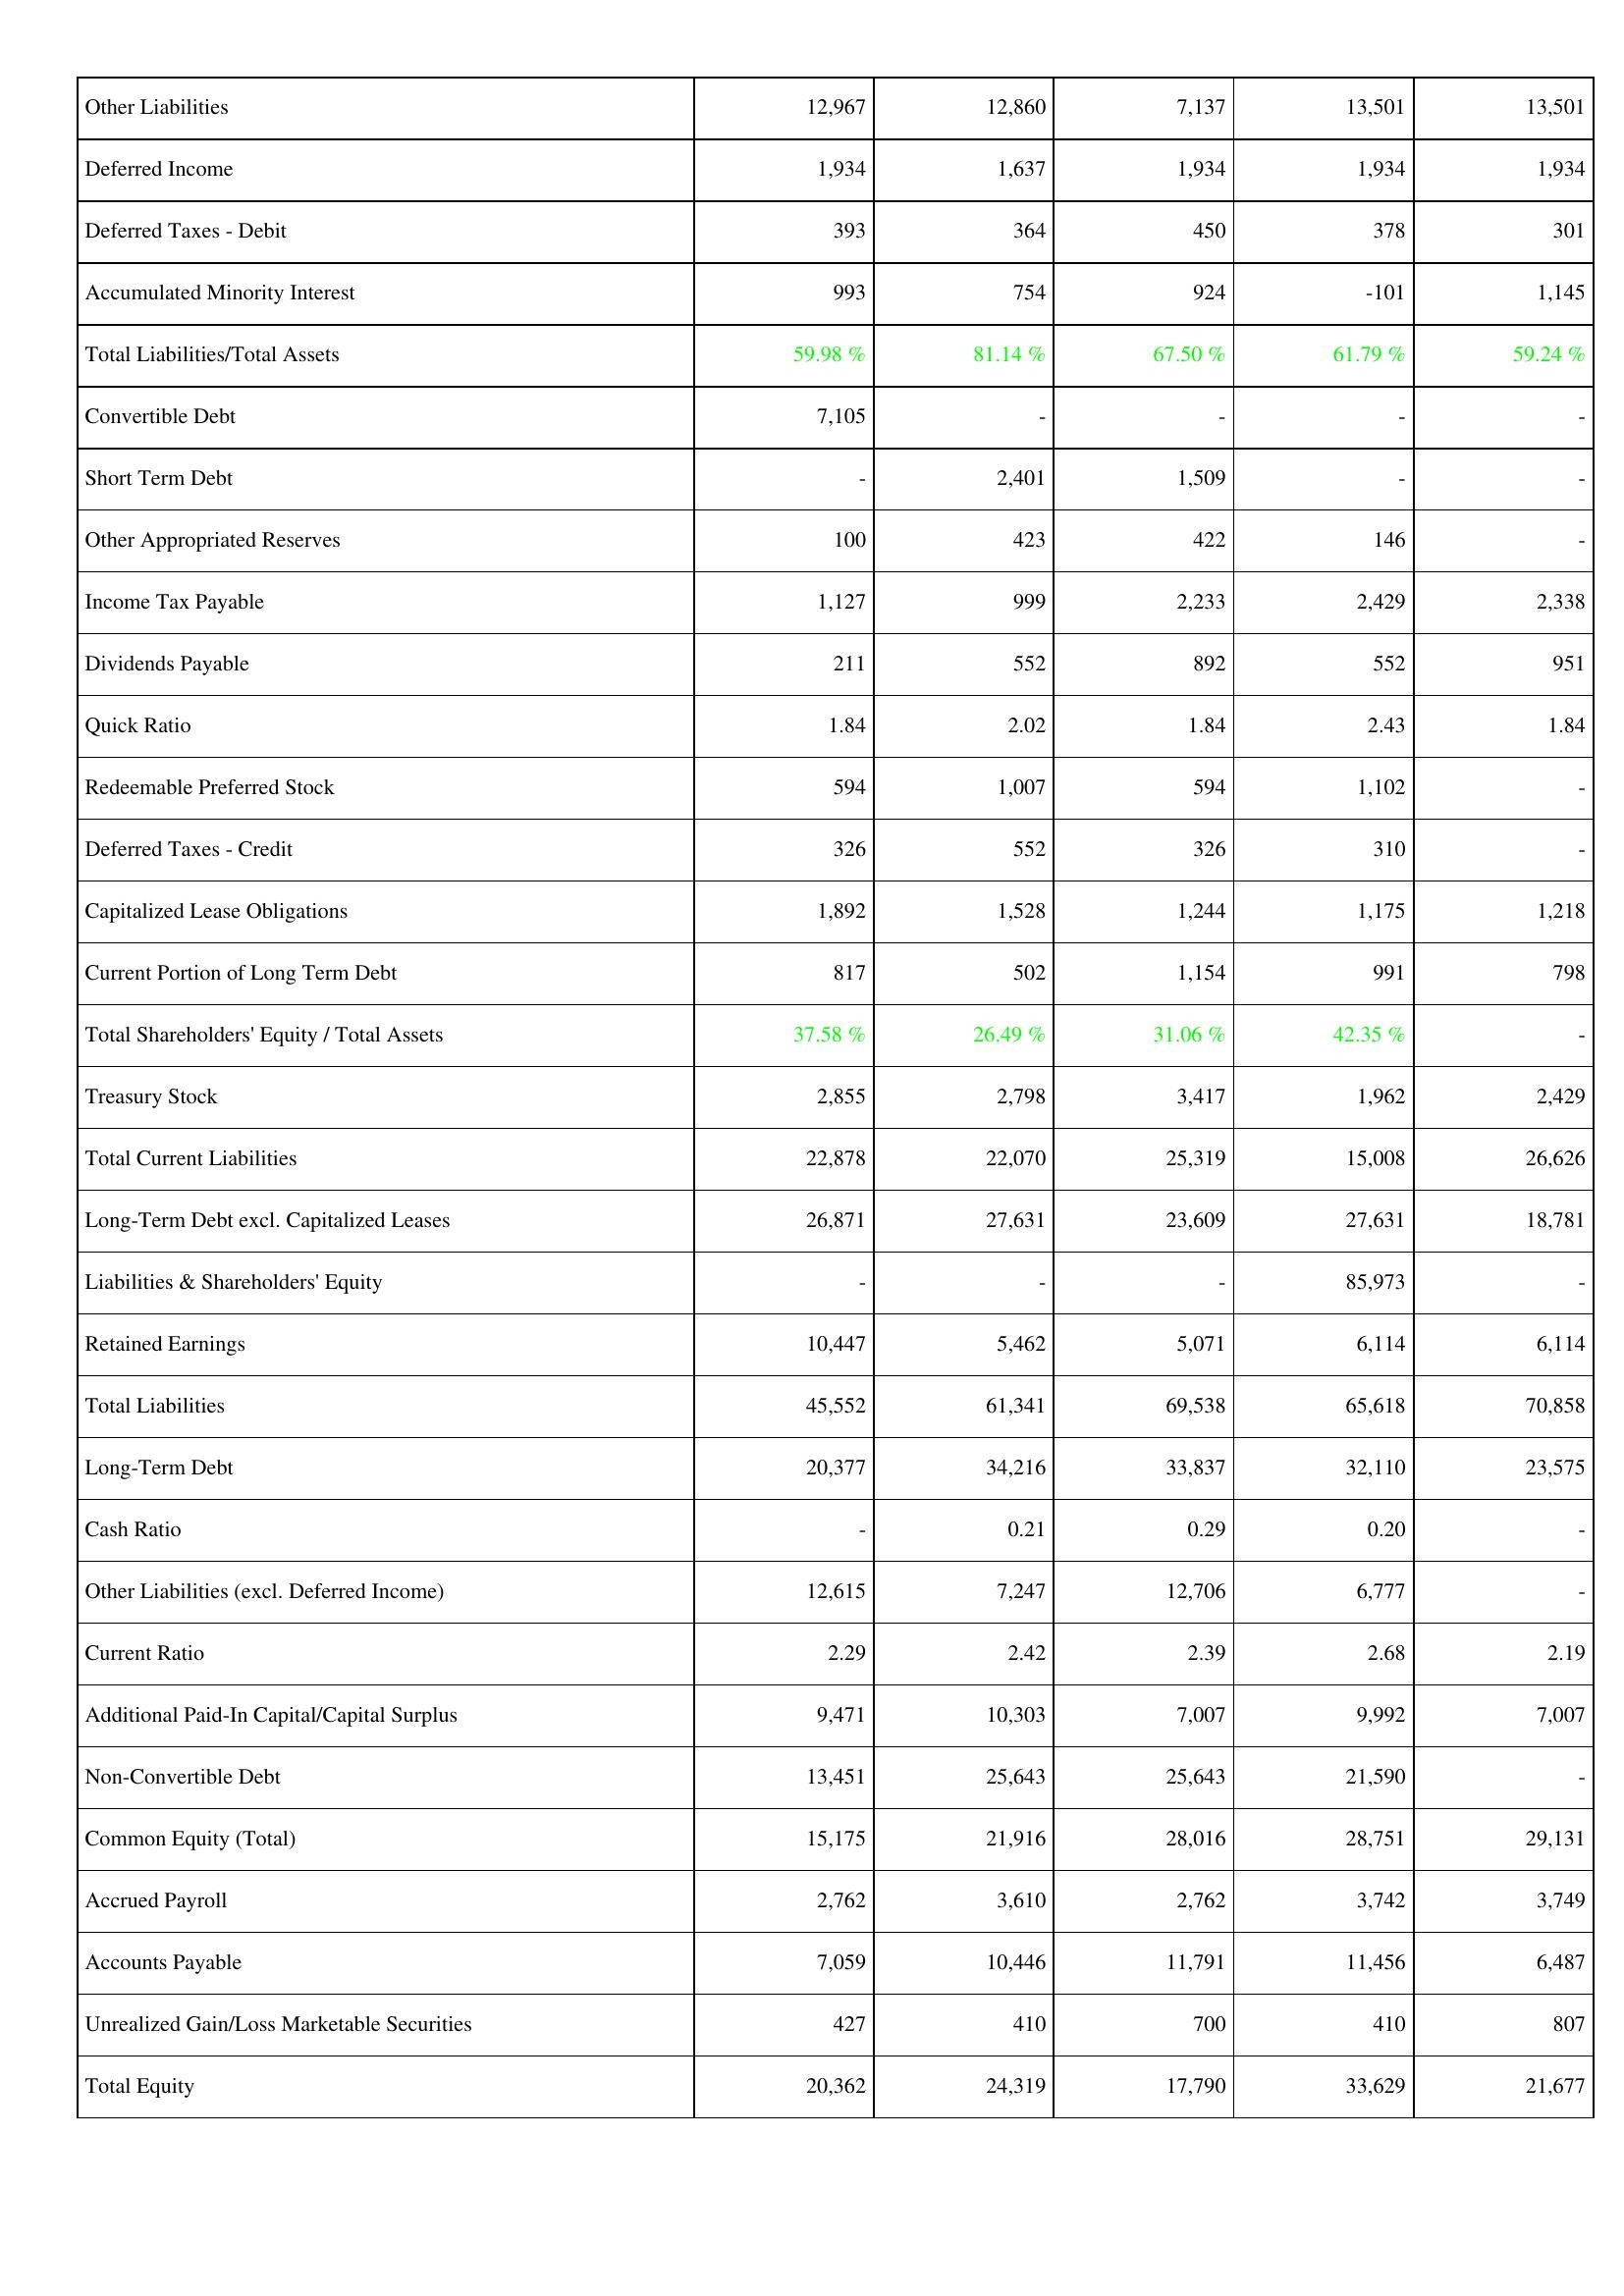
2010: Liabilities & Shareholders' Equity: Other Liabilities: 12,967
Deferred Income: 1,934
Deferred Taxes - Debit: 393
Accumulated Minority Interest: 993
Total Liabilities/Total Assets: 59.98 %
Convertible Debt: 7,105
Short Term Debt: -
Other Appropriated Reserves: 100
Income Tax Payable: 1,127
Dividends Payable: 211
Quick Ratio: 1.84
Redeemable Preferred Stock: 594
Deferred Taxes - Credit: 326
Capitalized Lease Obligations: 1,892
Current Portion of Long Term Debt: 817
Total Shareholders' Equity / Total Assets: 37.58 %
Treasury Stock: 2,855
Total Current Liabilities: 22,878
Long-Term Debt excl. Capitalized Leases: 26,871
Liabilities & Shareholders' Equity: -
Retained Earnings: 10,447
Total Liabilities: 45,552
Long-Term Debt: 20,377
Cash Ratio: -
Other Liabilities (excl. Deferred Income): 12,615
Current Ratio: 2.29
Additional Paid-In Capital/Capital Surplus: 9,471
Non-Convertible Debt: 13,451
Common Equity (Total): 15,175
Accrued Payroll: 2,762
Accounts Payable: 7,059
Unrealized Gain/Loss Marketable Securities: 427
Total Equity: 20,362
2009: Liabilities & Shareholders' Equity: Other Liabilities: 12,860
Deferred Income: 1,637
Deferred Taxes - Debit: 364
Accumulated Minority Interest: 754
Total Liabilities/Total Assets: 81.14 %
Convertible Debt: -
Short Term Debt: 2,401
Other Appropriated Reserves: 423
Income Tax Payable: 999
Dividends Payable: 552
Quick Ratio: 2.02
Redeemable Preferred Stock: 1,007
Deferred Taxes - Credit: 552
Capitalized Lease Obligations: 1,528
Current Portion of Long Term Debt: 502
Total Shareholders' Equity / Total Assets: 26.49 %
Treasury Stock: 2,798
Total Current Liabilities: 22,070
Long-Term Debt excl. Capitalized Leases: 27,631
Liabilities & Shareholders' Equity: -
Retained Earnings: 5,462
Total Liabilities: 61,341
Long-Term Debt: 34,216
Cash Ratio: 0.21
Other Liabilities (excl. Deferred Income): 7,247
Current Ratio: 2.42
Additional Paid-In Capital/Capital Surplus: 10,303
Non-Convertible Debt: 25,643
Common Equity (Total): 21,916
Accrued Payroll: 3,610
Accounts Payable: 10,446
Unrealized Gain/Loss Marketable Securities: 410
Total Equity: 24,319
2008: Liabilities & Shareholders' Equity: Other Liabilities: 7,137
Deferred Income: 1,934
Deferred Taxes - Debit: 450
Accumulated Minority Interest: 924
Total Liabilities/Total Assets: 67.50 %
Convertible Debt: -
Short Term Debt: 1,509
Other Appropriated Reserves: 422
Income Tax Payable: 2,233
Dividends Payable: 892
Quick Ratio: 1.84
Redeemable Preferred Stock: 594
Deferred Taxes - Credit: 326
Capitalized Lease Obligations: 1,244
Current Portion of Long Term Debt: 1,154
Total Shareholders' Equity / Total Assets: 31.06 %
Treasury Stock: 3,417
Total Current Liabilities: 25,319
Long-Term Debt excl. Capitalized Leases: 23,609
Liabilities & Shareholders' Equity: -
Retained Earnings: 5,071
Total Liabilities: 69,538
Long-Term Debt: 33,837
Cash Ratio: 0.29
Other Liabilities (excl. Deferred Income): 12,706
Current Ratio: 2.39
Additional Paid-In Capital/Capital Surplus: 7,007
Non-Convertible Debt: 25,643
Common Equity (Total): 28,016
Accrued Payroll: 2,762
Accounts Payable: 11,791
Unrealized Gain/Loss Marketable Securities: 700
Total Equity: 17,790
2007: Liabilities & Shareholders' Equity: Other Liabilities: 13,501
Deferred Income: 1,934
Deferred Taxes - Debit: 378
Accumulated Minority Interest: -101
Total Liabilities/Total Assets: 61.79 %
Convertible Debt: -
Short Term Debt: -
Other Appropriated Reserves: 146
Income Tax Payable: 2,429
Dividends Payable: 552
Quick Ratio: 2.43
Redeemable Preferred Stock: 1,102
Deferred Taxes - Credit: 310
Capitalized Lease Obligations: 1,175
Current Portion of Long Term Debt: 991
Total Shareholders' Equity / Total Assets: 42.35 %
Treasury Stock: 1,962
Total Current Liabilities: 15,008
Long-Term Debt excl. Capitalized Leases: 27,631
Liabilities & Shareholders' Equity: 85,973
Retained Earnings: 6,114
Total Liabilities: 65,618
Long-Term Debt: 32,110
Cash Ratio: 0.20
Other Liabilities (excl. Deferred Income): 6,777
Current Ratio: 2.68
Additional Paid-In Capital/Capital Surplus: 9,992
Non-Convertible Debt: 21,590
Common Equity (Total): 28,751
Accrued Payroll: 3,742
Accounts Payable: 11,456
Unrealized Gain/Loss Marketable Securities: 410
Total Equity: 33,629
2006: Liabilities & Shareholders' Equity: Other Liabilities: 13,501
Deferred Income: 1,934
Deferred Taxes - Debit: 301
Accumulated Minority Interest: 1,145
Total Liabilities/Total Assets: 59.24 %
Convertible Debt: -
Short Term Debt: -
Other Appropriated Reserves: -
Income Tax Payable: 2,338
Dividends Payable: 951
Quick Ratio: 1.84
Redeemable Preferred Stock: -
Deferred Taxes - Credit: -
Capitalized Lease Obligations: 1,218
Current Portion of Long Term Debt: 798
Total Shareholders' Equity / Total Assets: -
Treasury Stock: 2,429
Total Current Liabilities: 26,626
Long-Term Debt excl. Capitalized Leases: 18,781
Liabilities & Shareholders' Equity: -
Retained Earnings: 6,114
Total Liabilities: 70,858
Long-Term Debt: 23,575
Cash Ratio: -
Other Liabilities (excl. Deferred Income): -
Current Ratio: 2.19
Additional Paid-In Capital/Capital Surplus: 7,007
Non-Convertible Debt: -
Common Equity (Total): 29,131
Accrued Payroll: 3,749
Accounts Payable: 6,487
Unrealized Gain/Loss Marketable Securities: 807
Total Equity: 21,677